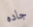
جاده